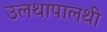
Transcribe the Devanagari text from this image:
उलथापालथी